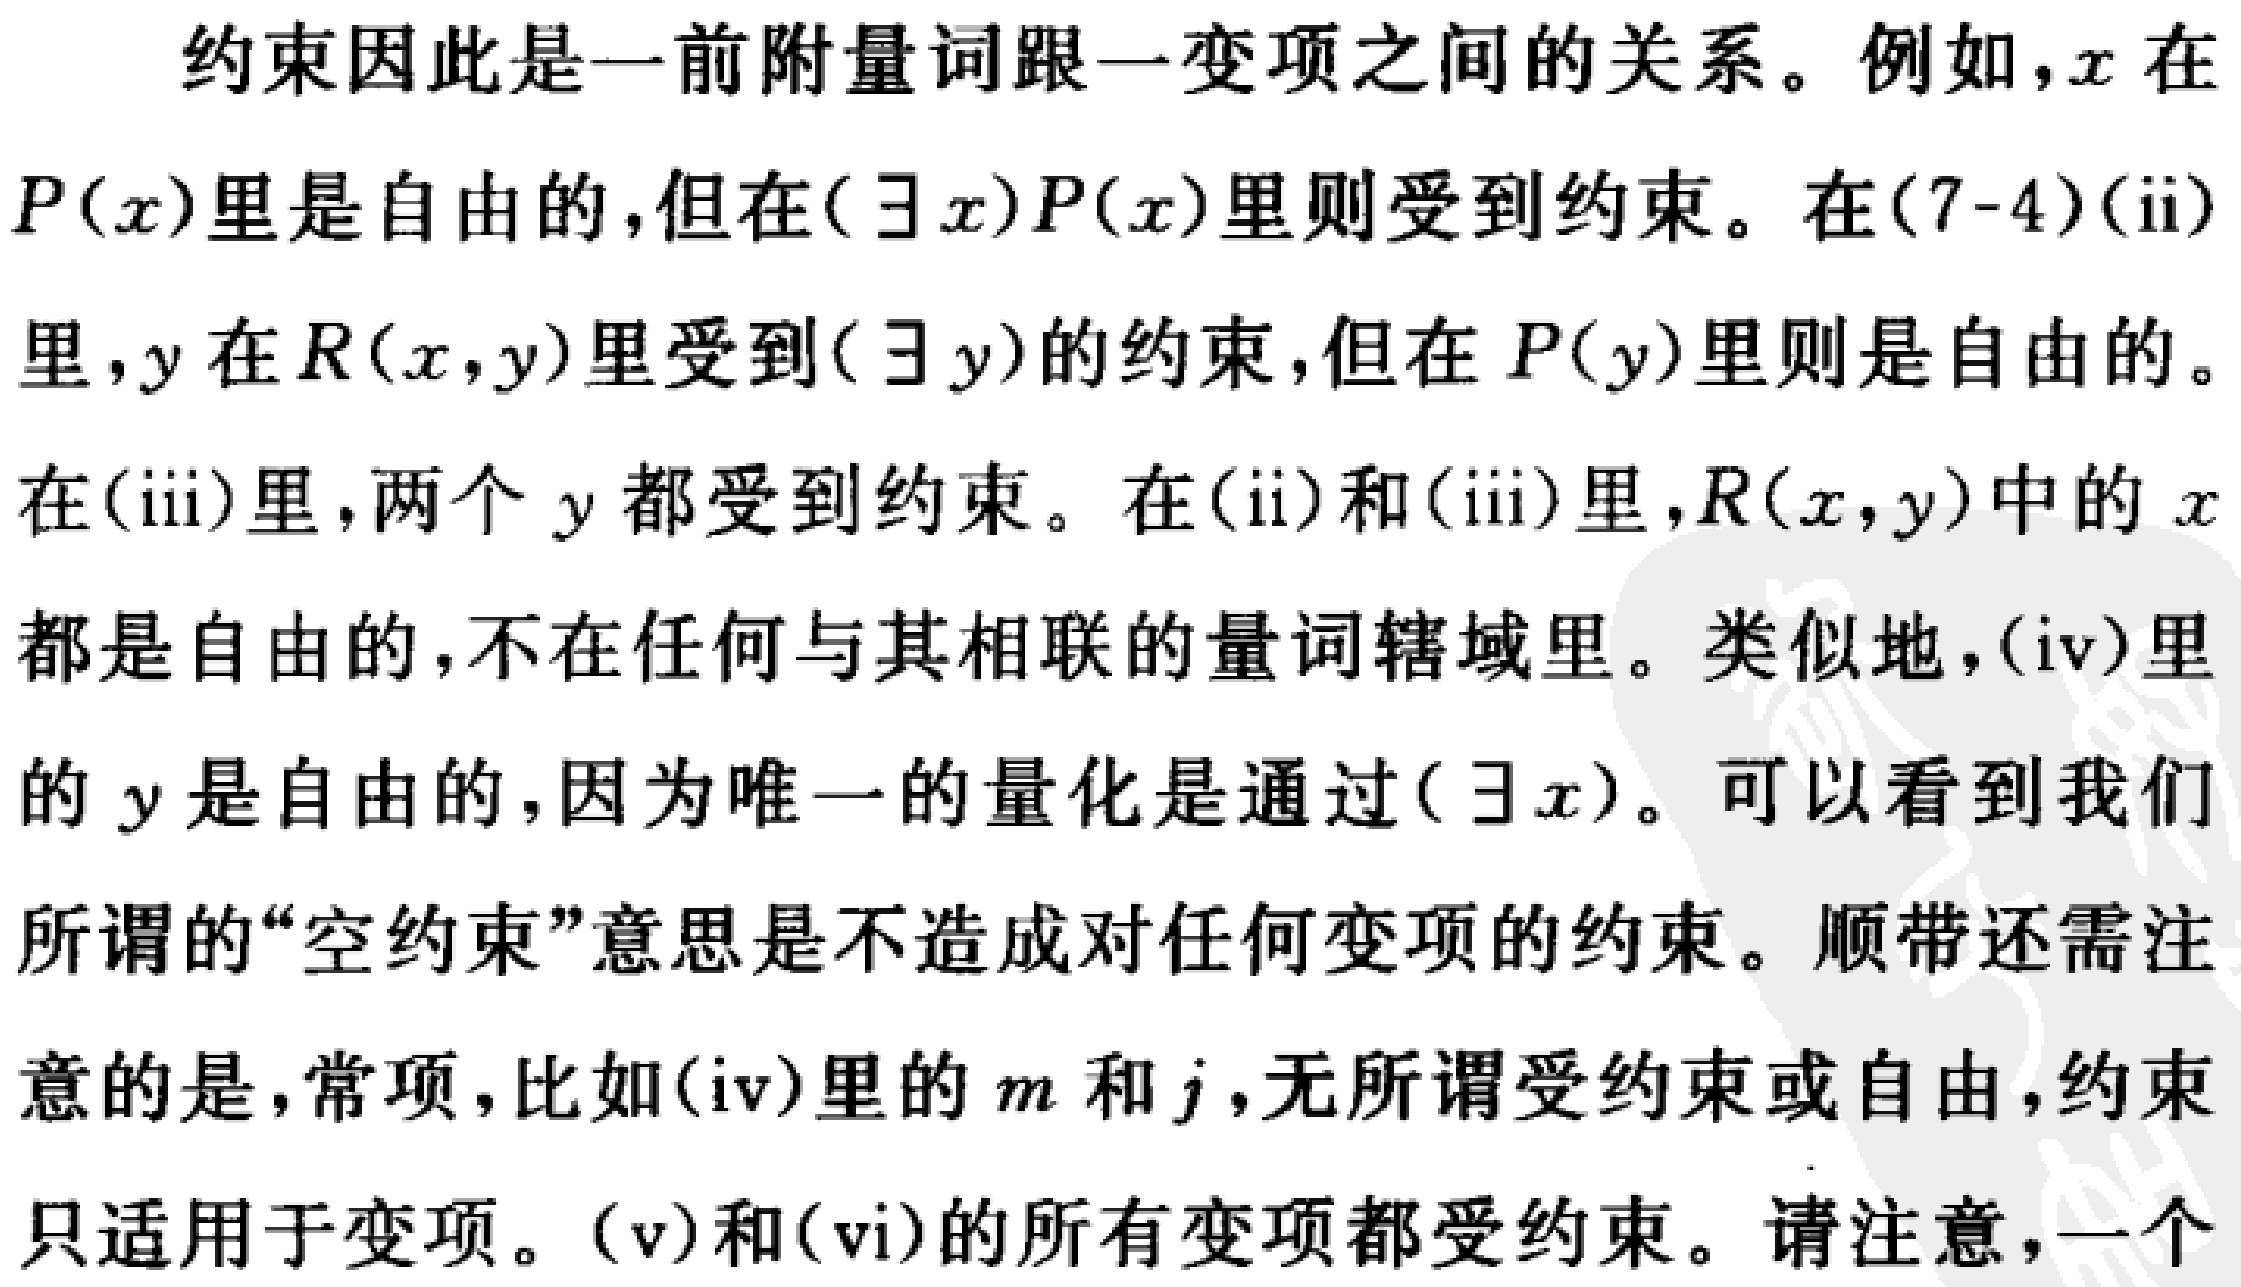
约束因此是一前附量词跟一变项之间的关系。例如，\(x\)在\(P(x)\)里是自由的，但在\((\exists x)P(x)\)里则受到约束。在\((7 - 4)(\mathrm{ii})\)里，\(y\)在\(R(x,y)\)里受到\((\exists y)\)的约束，但在\(P(y)\)里则是自由的。在\((\mathrm{iii})\)里，两个\(y\)都受到约束。在\((\mathrm{ii})\)和\((\mathrm{iii})\)里，\(R(x,y)\)中的\(x\)都是自由的，不在任何与其相联的量词辖域里。类似地，\((\mathrm{iv})\)里的\(y\)是自由的，因为唯一的量化是通过\((\exists x)\)。可以看到我们所谓的“空约束”意思是不造成对任何变项的约束。顺带还需注意的是，常项，比如\((\mathrm{iv})\)里的\(m\)和\(j\)，无所谓受约束或自由，约束只适用于变项。\((\mathrm{v})\)和\((\mathrm{vi})\)的所有变项都受约束。请注意，一个